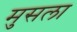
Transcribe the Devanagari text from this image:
मुसला